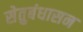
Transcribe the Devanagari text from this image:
सेतुबंधासन